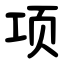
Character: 项